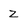
Character: Z